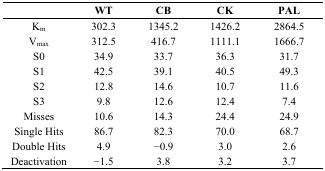
|  | WT | CB | CK | PAL |
 | --- | --- | --- | --- | --- |
 | Km | 302.3 | 1345.2 | 1426.2 | 2864.5 |
 | Vmax | 312.5 | 416.7 | 1111.1 | 1666.7 |
 | S0 | 34.9 | 33.7 | 36.3 | 31.7 |
 | S1 | 42.5 | 39.1 | 40.5 | 49.3 |
 | S2 | 12.8 | 14.6 | 10.7 | 11.6 |
 | S3 | 9.8 | 12.6 | 12.4 | 7.4 |
 | Misses | 10.6 | 14.3 | 24.4 | 24.9 |
 | Single Hits | 86.7 | 82.3 | 70.0 | 68.7 |
 | Double Hits | 4.9 | −0.9 | 3.0 | 2.6 |
 | Deactivation | −1.5 | 3.8 | 3.2 | 3.7 |